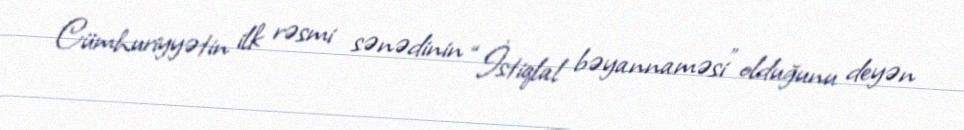
Cümhuriyyətin ilk rəsmi sənədinin “İstiqlal bəyannaməsi” olduğunu deyən